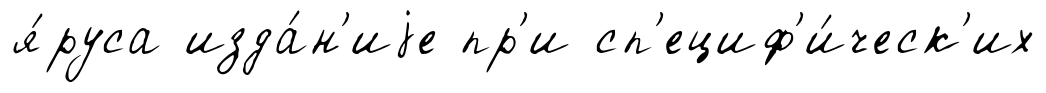
я́руса изда́н'иjе пр'и сп'ециф'и́ческ'их